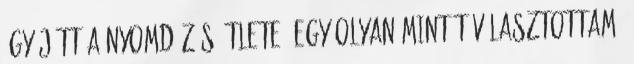
így jött a nyomdázás ötlete. Egy olyan mintát választottam,